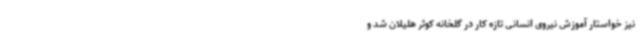
نیز خواستار آموزش نیروی انسانی تازه کار در گلخانه کوثر هلیلان شد و